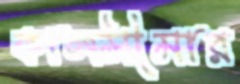
কালসীমার